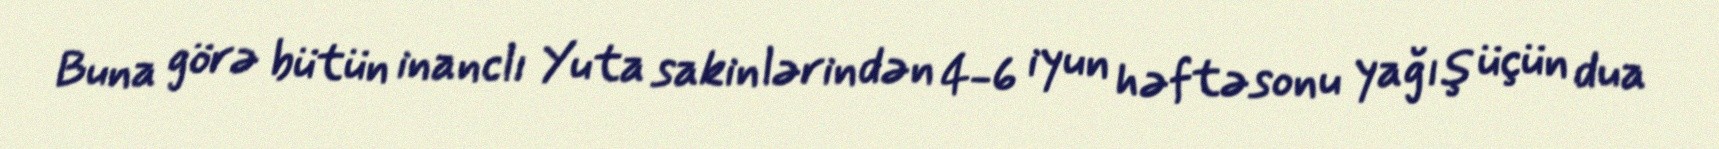
Buna görə bütün inanclı Yuta sakinlərindən 4-6 iyun həftəsonu yağış üçün dua